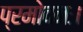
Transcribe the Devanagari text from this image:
प्रमोदनः।